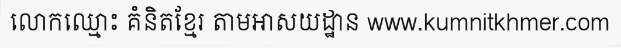
លោកឈ្មោះ គំនិតខ្មែរ តាមអាសយដ្ឋាន www.kumnitkhmer.com